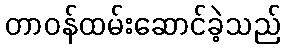
တာဝန်ထမ်းဆောင်ခဲ့သည်